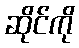
ဆိုင်ကို